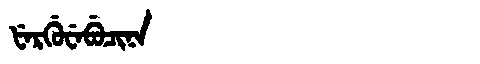
Manchu: ᡶᡝᡵᡤᡠᠸᡝᠪᡠᠴᡳᠨᠠ
Romanization: FERGUWEBUCINA